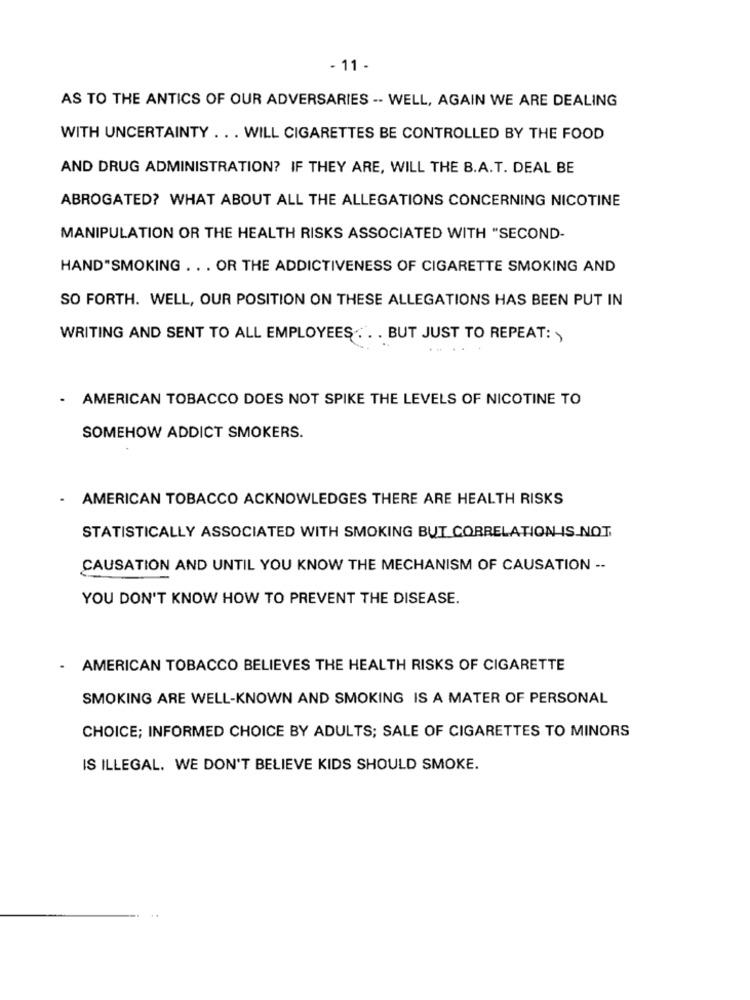
- 11 .
AS TO THE ANTICS OF OUR ADVERSARIES -- WELL, AGAIN WE ARE DEALING
WITH UNCERTAINTY ... WILL CIGARETTES BE CONTROLLED BY THE FOOD
AND DRUG ADMINISTRATION? IF THEY ARE, WILL THE B.A.T. DEAL BE
ABROGATED? WHAT ABOUT ALL THE ALLEGATIONS CONCERNING NICOTINE
MANIPULATION OR THE HEALTH RISKS ASSOCIATED WITH "SECOND-
HAND"SMOKING . .. OR THE ADDICTIVENESS OF CIGARETTE SMOKING AND
SO FORTH. WELL, OUR POSITION ON THESE ALLEGATIONS HAS BEEN PUT IN
WRITING AND SENT TO ALL EMPLOYEES . . . BUT JUST TO REPEAT: >
AMERICAN TOBACCO DOES NOT SPIKE THE LEVELS OF NICOTINE TO
SOMEHOW ADDICT SMOKERS.
.
AMERICAN TOBACCO ACKNOWLEDGES THERE ARE HEALTH RISKS
STATISTICALLY ASSOCIATED WITH SMOKING BUT CORRELATION IS NOT
CAUSATION AND UNTIL YOU KNOW THE MECHANISM OF CAUSATION --
YOU DON'T KNOW HOW TO PREVENT THE DISEASE.
.
AMERICAN TOBACCO BELIEVES THE HEALTH RISKS OF CIGARETTE
SMOKING ARE WELL-KNOWN AND SMOKING IS A MATER OF PERSONAL
CHOICE; INFORMED CHOICE BY ADULTS; SALE OF CIGARETTES TO MINORS
IS ILLEGAL. WE DON'T BELIEVE KIDS SHOULD SMOKE.